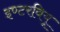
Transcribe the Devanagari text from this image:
इण्टरवियू